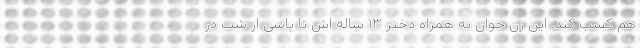
هم کسب کند. این زن جوان به همراه دختر ۱۳ ساله اش تا پاسی از شب در